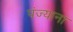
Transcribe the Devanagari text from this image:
पंज्याना